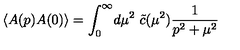
\langle A ( p ) A ( 0 ) \rangle = \int _ { 0 } ^ { \infty } \! d \mu ^ { 2 } \ \tilde { c } ( \mu ^ { 2 } ) \frac { 1 } { p ^ { 2 } + \mu ^ { 2 } } \nonumber